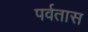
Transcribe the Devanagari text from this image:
पर्वतास